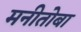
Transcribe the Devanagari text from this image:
मनीतोबा